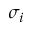
\sigma _ { i }